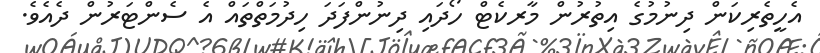
އެހީތެރިކަން ދިނުމުގެ އިތުރުން މާރކެޓް ހޯދައި ދިނުންފަދަ ހިދުމަތްތައް އެ ސެންޓަރުން ދެއެވެ.